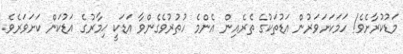
މަޑުކުރާށެވެ! ހަމަކަށަވަރުން އަޑުތަކުގެ ތެރެއިން އެންމެ ހުތުރުވެގެންވާ އަޑަކީ ޙިމާރުގެ އަޑުކަން ކަށަވަރެވެ.